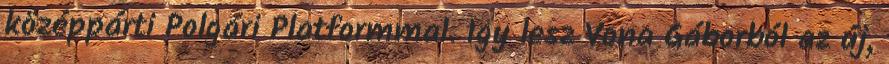
középpárti Polgári Platformmal. Így lesz Vona Gáborból az új,